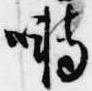
囀